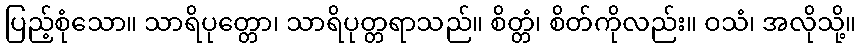
ပြည့်စုံသော။ သာရိပုတ္တော၊ သာရိပုတ္တရာသည်။ စိတ္တံ၊ စိတ်ကိုလည်း။ ဝသံ၊ အလိုသို့။